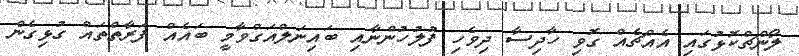
ލޯންޗްކޮޅުގައި އެއްޗެއް ގޮވި ހާދިސާ ދިވެހި ފުލުހުންނާއި ބައިނަލްއަގްވާމީ ބައެއް ފަރާތްތައް ގުޅިގެން